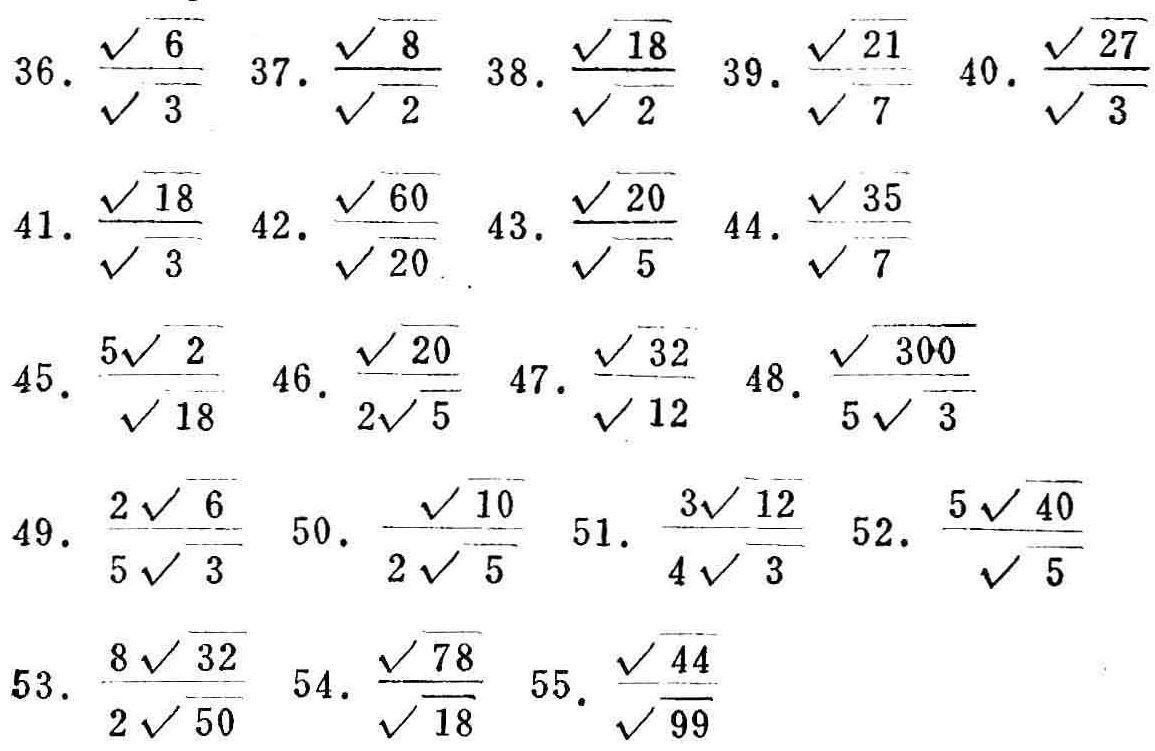
36. $\frac{\sqrt{6}}{\sqrt{3}}$  37. $\frac{\sqrt{8}}{\sqrt{2}}$  38. $\frac{\sqrt{18}}{\sqrt{2}}$  39. $\frac{\sqrt{21}}{\sqrt{7}}$  40. $\frac{\sqrt{27}}{\sqrt{3}}$
41. $\frac{\sqrt{18}}{\sqrt{3}}$  42. $\frac{\sqrt{60}}{\sqrt{20}}$  43. $\frac{\sqrt{20}}{\sqrt{5}}$  44. $\frac{\sqrt{35}}{\sqrt{7}}$
45. $\frac{5\sqrt{2}}{\sqrt{18}}$  46. $\frac{\sqrt{20}}{2\sqrt{5}}$  47. $\frac{\sqrt{32}}{\sqrt{12}}$  48. $\frac{\sqrt{300}}{5\sqrt{3}}$
49. $\frac{2\sqrt{6}}{5\sqrt{3}}$  50. $\frac{\sqrt{10}}{2\sqrt{5}}$  51. $\frac{3\sqrt{12}}{4\sqrt{3}}$  52. $\frac{5\sqrt{40}}{\sqrt{5}}$
53. $\frac{8\sqrt{32}}{2\sqrt{50}}$  54. $\frac{\sqrt{78}}{\sqrt{18}}$  55. $\frac{\sqrt{44}}{\sqrt{99}}$